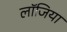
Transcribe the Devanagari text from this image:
लॉजिया